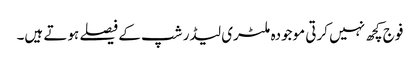
فوج کچھ نہیں کرتی موجودہ ملٹری لیڈر شپ کے فیصلے ہوتے ہیں۔